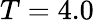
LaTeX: T=4.0